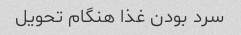
سرد بودن غذا هنگام تحویل